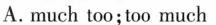
A. much too;too much